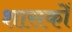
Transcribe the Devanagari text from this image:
शासकोँ